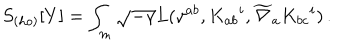
S _ { ( h o ) } [ Y ] = \int _ { m } \sqrt { - \gamma } L ( \gamma ^ { a b } , K _ { a b } { } ^ { i } , \widetilde \nabla _ { a } K _ { b c } { } ^ { i } ) \, .